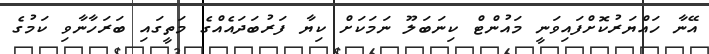
އޭނާ ހައްޔަރުކޮށްފައިވަނީ މައުންޓް ކިނަބަލޫ ނަމަކަށް ކިޔާ ފަރުބަދަައެއްގެ މަތީގައި ބަރަހާނާވި ކަމުގެ